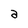
Character: a